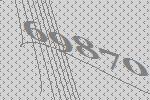
69870